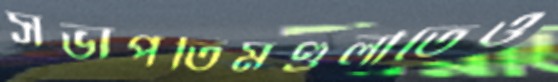
সভাপতিমণ্ডলীতেও